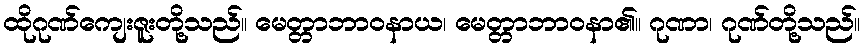
ထိုဂုဏ်ကျေးဇူးတို့သည်။ မေတ္တာဘာဝနာယ၊ မေတ္တာဘာဝနာ၏။ ဂုဏာ၊ ဂုဏ်တို့သည်။